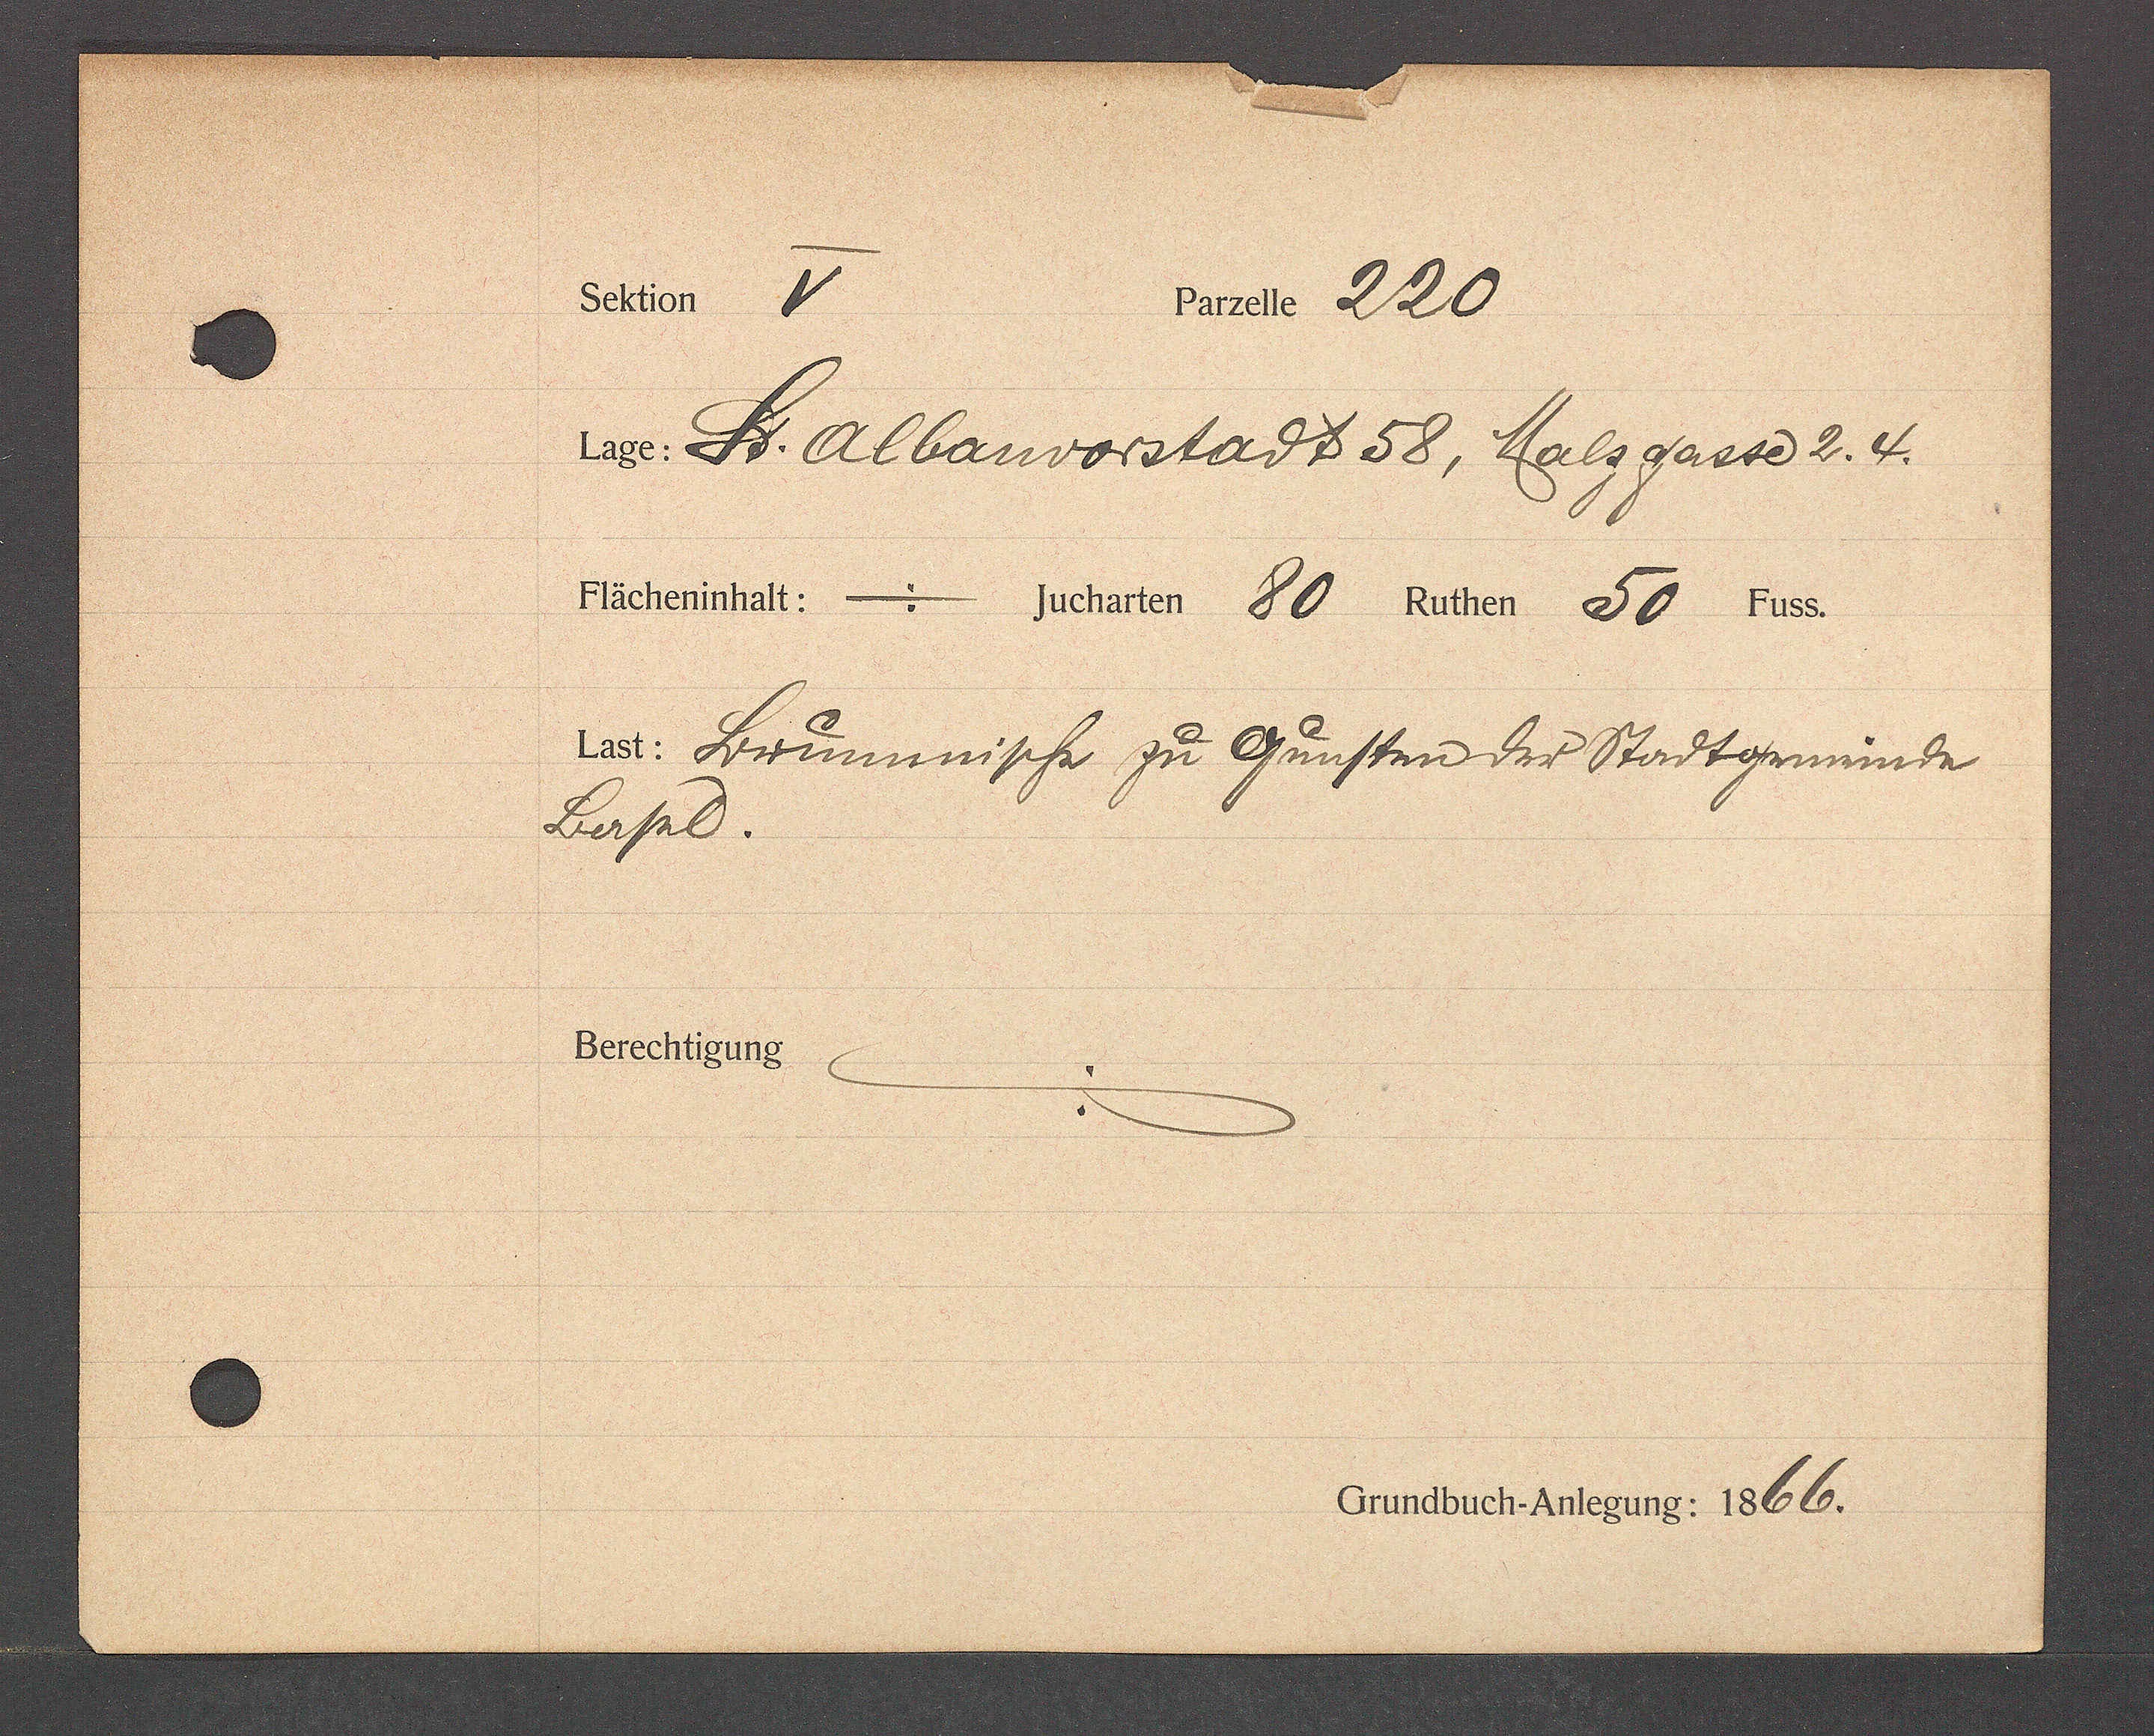
Transcript:
Balen.
se 220
in St. Albanvorstadt 58, Malzgasse 2. 4.
Fächerinhalt - Jucharten 80 Ruther 58 1455.
4: Strunnnipf zu Runftin der Stadtginine
Berpl.
Berechtigung
Grossbet hitegens: 1666.